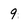
Character: 9